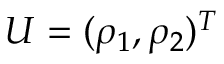
U = ( \rho _ { 1 } , \rho _ { 2 } ) ^ { T }